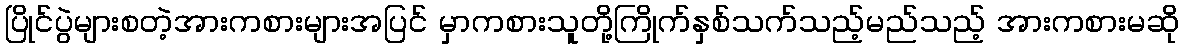
ပြိုင်ပွဲများစတဲ့အားကစားများအပြင် မှာကစားသူတို့ကြိုက်နှစ်သက်သည့်မည်သည့် အားကစားမဆို